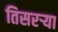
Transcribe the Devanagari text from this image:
तिसरऱ्या